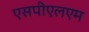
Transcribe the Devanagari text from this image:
एसपीएलएम